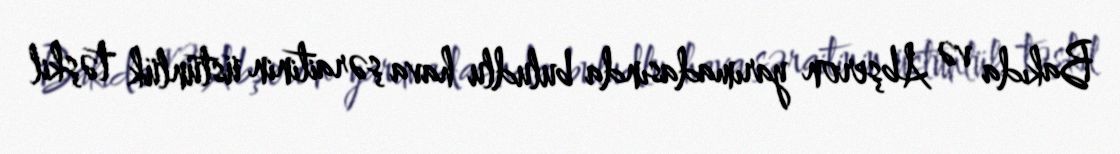
Bakıda və Abşeron yarımadasında buludlu hava şəraitinin üstünlük təşkil